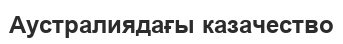
Аустралиядағы казачество